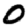
Digit: 0